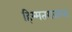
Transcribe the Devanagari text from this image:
हिम्मतरावाला